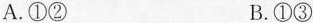
A.①② B.①③